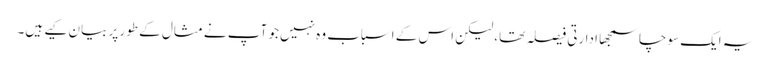
یہ ایک سوچاسمجھا ادارتی فیصلہ تھا، لیکن اس کے اسباب وہ نہیں جو آپ نے مثال کے طور پر بیان کیے ہیں۔